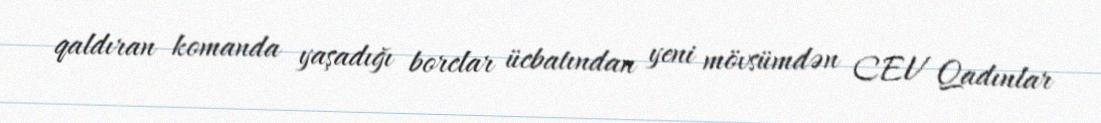
qaldıran komanda yaşadığı borclar ücbatından yeni mövsümdən CEV Qadınlar